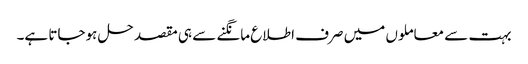
بہت سے معاملوں میں صرف اطلاع مانگنے سے ہی مقصد حل ہوجاتا ہے۔